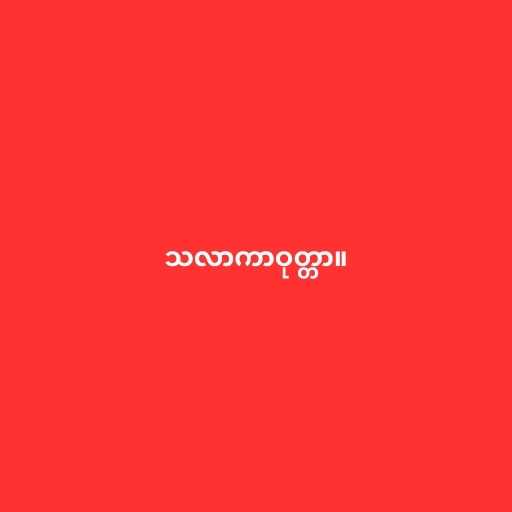
သလာကာဝုတ္တာ။